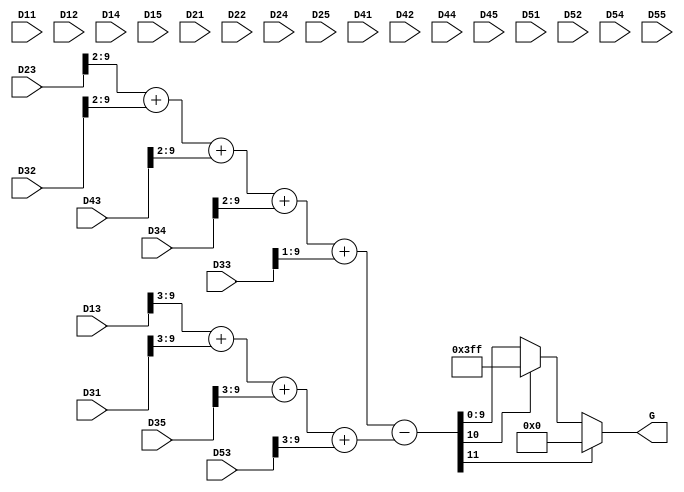
module G_at_RB_filter (
    input [9:0] D11,D12,D13,D14,D15,
    input [9:0] D21,D22,D23,D24,D25,
    input [9:0] D31,D32,D33,D34,D35,
    input [9:0] D41,D42,D43,D44,D45,
    input [9:0] D51,D52,D53,D54,D55,

    output [9:0] G 
);

wire [11:0] G_;

assign G_ = +{2'b0,D23[9:2]} +{2'b0,D32[9:2]} +{2'b0,D43[9:2]} +{2'b0,D34[9:2]} 
           +{1'b0,D33[9:1]}
           -({3'b0,D13[9:3]} +{3'b0,D31[9:3]} +{3'b0,D35[9:3]} + {3'b0,D53[9:3]});

assign G = (G_[11] == 1)?10'd0:((G_[10]==1)?10'h3FF:G_[9:0]);

endmodule //G_at_R_filter